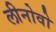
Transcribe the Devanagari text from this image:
लीनोवो